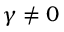
\gamma \neq 0